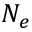
N _ { e }